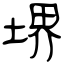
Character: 堺